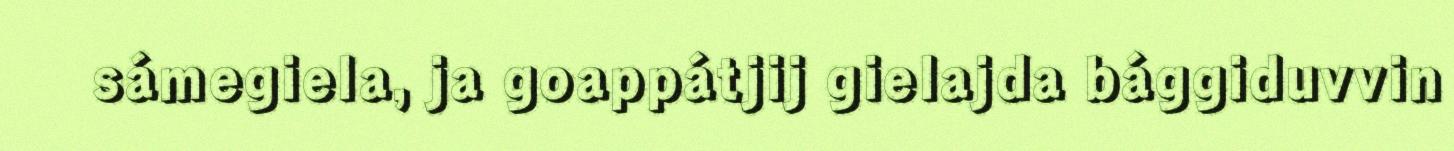
sámegiela, ja goappátjij gielajda bággiduvvin